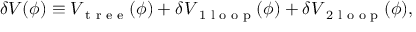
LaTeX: \delta V ( \phi ) \equiv V _ { \textrm { t r e e } } ( \phi ) + \delta V _ { \textrm { 1 l o o p } } ( \phi ) + \delta V _ { \textrm { 2 l o o p } } ( \phi ) ,